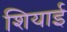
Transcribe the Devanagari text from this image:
शियाई